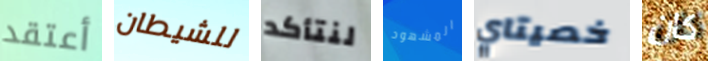
أعتقد للشيطان لنتأكد المشهود خصيتاي كان